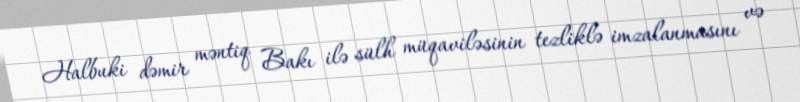
Halbuki dəmir məntiq Bakı ilə sülh müqaviləsinin tezliklə imzalanmasını və